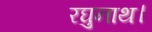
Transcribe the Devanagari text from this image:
रघुनाथ।